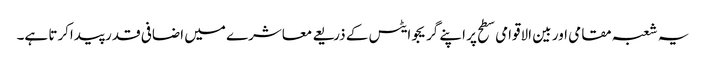
یہ شعبہ مقامی اور بین الاقوامی سطح پر اپنے گریجوایٹس کے ذریعے معاشرے میں اضافی قدر پیداکرتا ہے۔